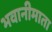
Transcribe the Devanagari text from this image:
भवानीमाता